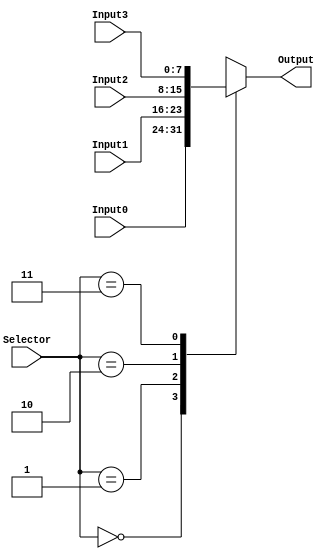
`timescale 1ns / 1ps
// La funcin de este mdulo es seleccionar entre 4 entradas
// distintas para hacer esta llegar a la salida del mdulo,
// es decir, un multiplexor de 4 a 1.

// Entradas: Input0, Input1, Input2, Input3: Valores a escoger para la salida
//           Selector: Seal de control para escoger entre los Input
// Salida:   Output: Input seleccionada por el selector
// Parametro: WIDTH: Tamao de los Inputs y el Output

// Se introducjo este mdulo para seleccionar entre distintas seales
// dependiendo de la instruccin que se ejecute en el momento
module Mux4a1 #(parameter WIDTH = 8)(Selector, Output, Input0, Input1, Input2, Input3);


	input [1:0] Selector;
	input [WIDTH-1:0] Input0, Input1, Input2, Input3;
	output reg [WIDTH-1:0] Output;
	
	//Dependiendo del selector, se asigna un input a output
	always @*
      case (Selector)
         2'b00: Output = Input0;
         2'b01: Output = Input1;
         2'b10: Output = Input2;
         2'b11: Output = Input3;
      endcase
								
endmodule